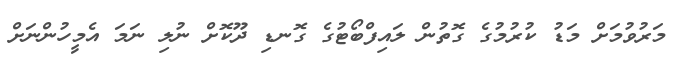
މަރުވުމަށް މަޑު ކުރުމުގެ ގޮތުން ލައިފްބޯޓުގެ ގޮނޑި ދޫކޮށް ނުލި ނަމަ އެމީހުންނަށް